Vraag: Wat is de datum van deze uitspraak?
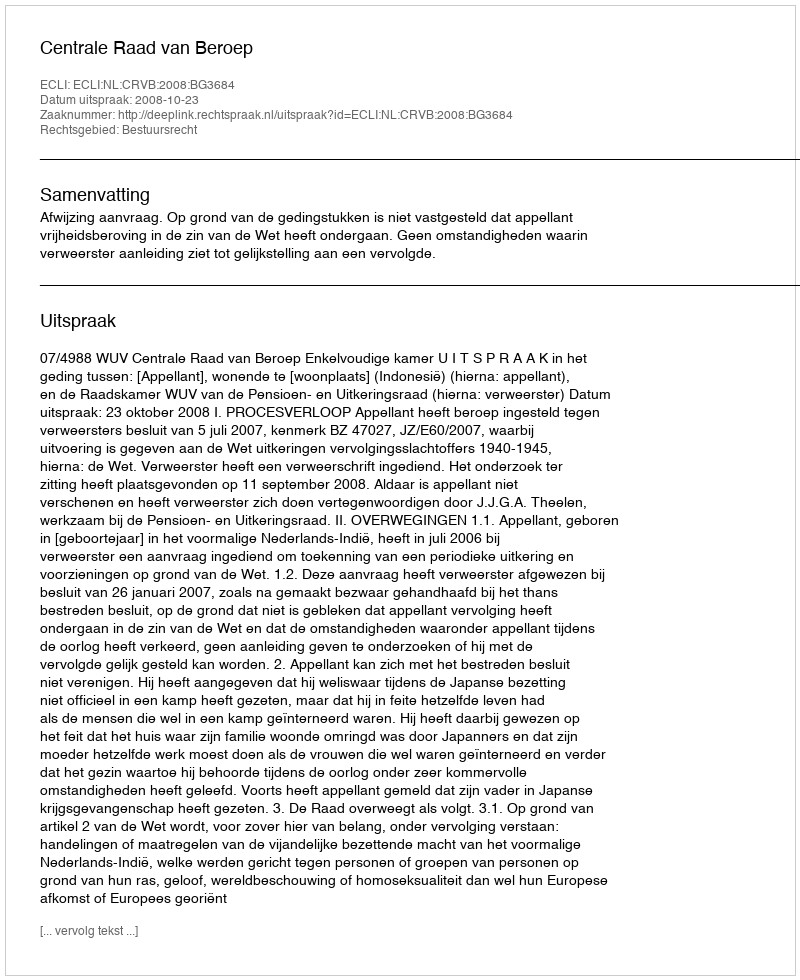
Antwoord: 2008-10-23